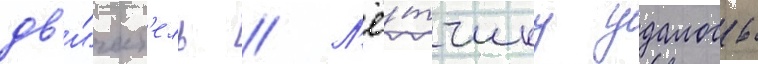
дв'и́гат'ель // Л'ё́тчику удалось